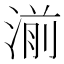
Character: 湔